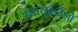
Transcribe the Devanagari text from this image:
अध्वयुर्ब्रर्ह्मणो